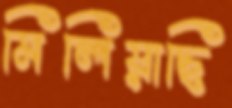
মিলিয়াছি